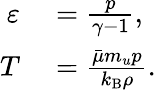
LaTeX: \begin{array}{rl}{\varepsilon}&{{}=\frac{p}{\gamma-1},}\\ {T}&{{}=\frac{\bar{\mu}m_{u}p}{k_{\mathrm{B}}\rho}.}\end{array}